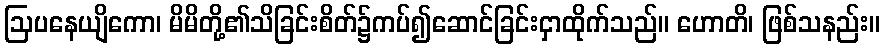
ဩပနေယျိကော၊ မိမိတို့၏သိခြင်းစိတ်၌ကပ်၍ဆောင်ခြင်းငှာထိုက်သည်။ ဟောတိ၊ ဖြစ်သနည်း။